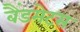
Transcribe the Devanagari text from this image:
बैंडमेटस